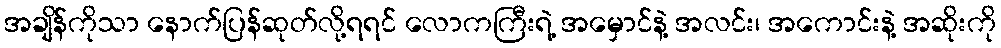
အချိန်ကိုသာ နောက်ပြန်ဆုတ်လို့ရရင် လောကကြီးရဲ့ အမှောင်နဲ့ အလင်း၊ အကောင်းနဲ့ အဆိုးကို